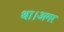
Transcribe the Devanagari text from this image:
था।अगर